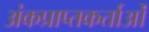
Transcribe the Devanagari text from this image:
अंकप्राप्तकर्ताओं